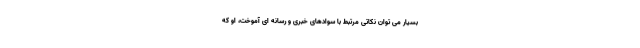
بسیار می توان نکاتی مرتبط با سوادهای خبری و رسانه ای آموخت، او که